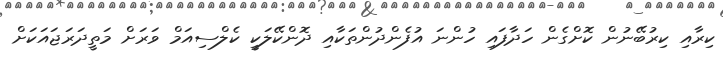
ކިރާއި ކިރުބޭނުން ކޮށްގެން ހަދާފައި ހުންނަ އުފެންދުންތަކާއި ދޮންކޭލަކީ ކެލްސިއަމް ވަރަށް މަތީދަރަޖައަކަށް